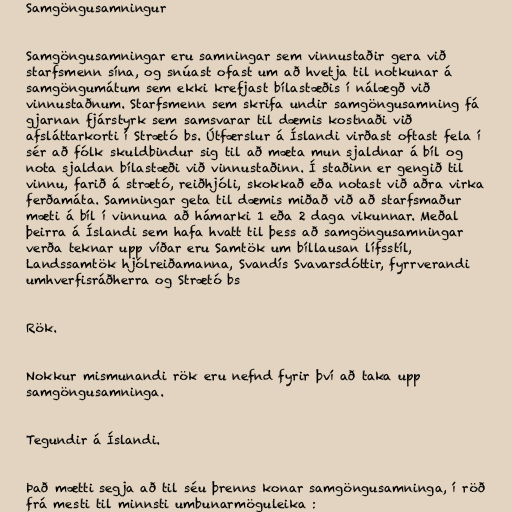
Samgöngusamningur

Samgöngusamningar eru samningar sem vinnustaðir gera við
starfsmenn sína, og snúast ofast um að hvetja til notkunar á
samgöngumátum sem ekki krefjast bílastæðis í nálægð við
vinnustaðnum. Starfsmenn sem skrifa undir samgöngusamning fá
gjarnan fjárstyrk sem samsvarar til dæmis kostnaði við
afsláttarkorti í Strætó bs. Útfærslur á Íslandi virðast oftast fela í
sér að fólk skuldbindur sig til að mæta mun sjaldnar á bíl og
nota sjaldan bílastæði við vinnustaðinn. Í staðinn er gengið til
vinnu, farið á strætó, reiðhjóli, skokkað eða notast við aðra virka
ferðamáta. Samningar geta til dæmis miðað við að starfsmaður
mæti á bíl í vinnuna að hámarki 1 eða 2 daga vikunnar. Meðal
þeirra á Íslandi sem hafa hvatt til þess að samgöngusamningar
verða teknar upp víðar eru Samtök um bíllausan lífsstíl,
Landssamtök hjólreiðamanna, Svandís Svavarsdóttir, fyrrverandi
umhverfisráðherra og Strætó bs

Rök.

Nokkur mismunandi rök eru nefnd fyrir því að taka upp
samgöngusamninga.

Tegundir á Íslandi.

Það mætti segja að til séu þrenns konar samgöngusamninga, í röð
frá mesti til minnsti umbunarmöguleika :